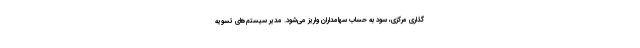
گذاری مرکزی، سود به حساب سهامداران واریز می‌شود. مدیر سیستم‌های تسویه